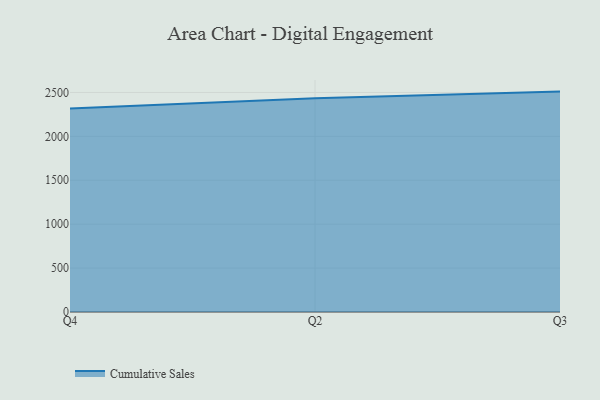
{"axis": {"x": "Quarter", "y": "Conversion Rate (%)"}, "legend": ["Cumulative Sales"], "data": [{"x": "Q4", "y": 2317.9, "type": "Cumulative Sales"}, {"x": "Q2", "y": 2433.7, "type": "Cumulative Sales"}, {"x": "Q3", "y": 2509.8, "type": "Cumulative Sales"}]}